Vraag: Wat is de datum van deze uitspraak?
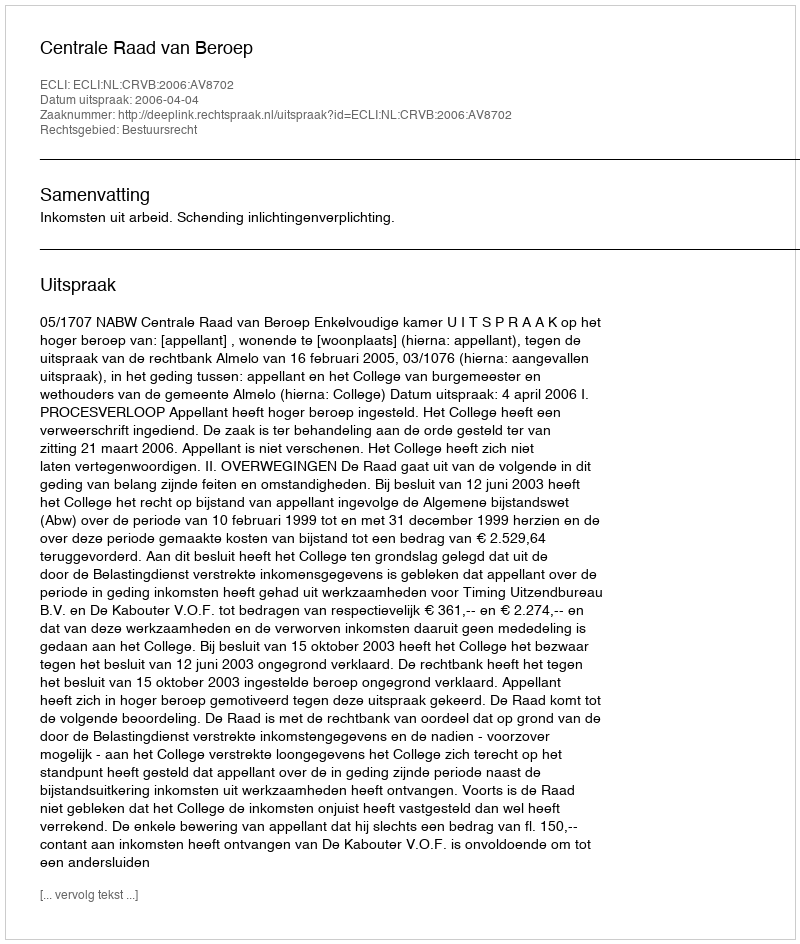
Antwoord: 2006-04-04